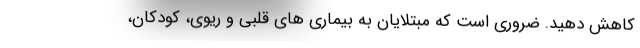
کاهش دهید. ضروری است که مبتلایان به بیماری های قلبی و ریوی، کودکان،